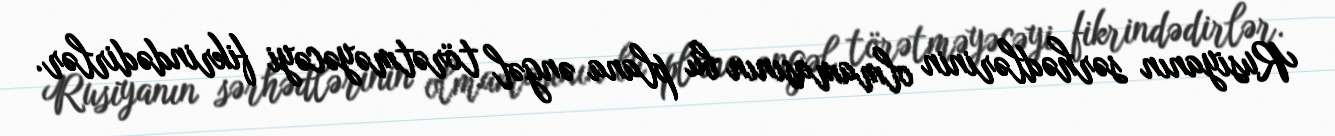
Rusiyanın sərhədlərinin olmamasının bu plana əngəl törətməyəcəyi fikrindədirlər.